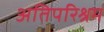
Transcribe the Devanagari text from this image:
अतिपरिश्रम